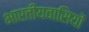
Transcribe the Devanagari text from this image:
भारतीयवासियों